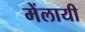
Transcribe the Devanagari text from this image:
मेंलायी